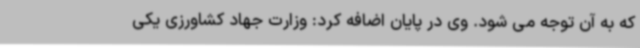
که به آن توجه می شود. وی در پایان اضافه کرد: وزارت جهاد کشاورزی یکی